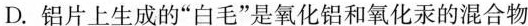
D.铝片上生成的”白毛”是氧化铝和氧化汞的混合物